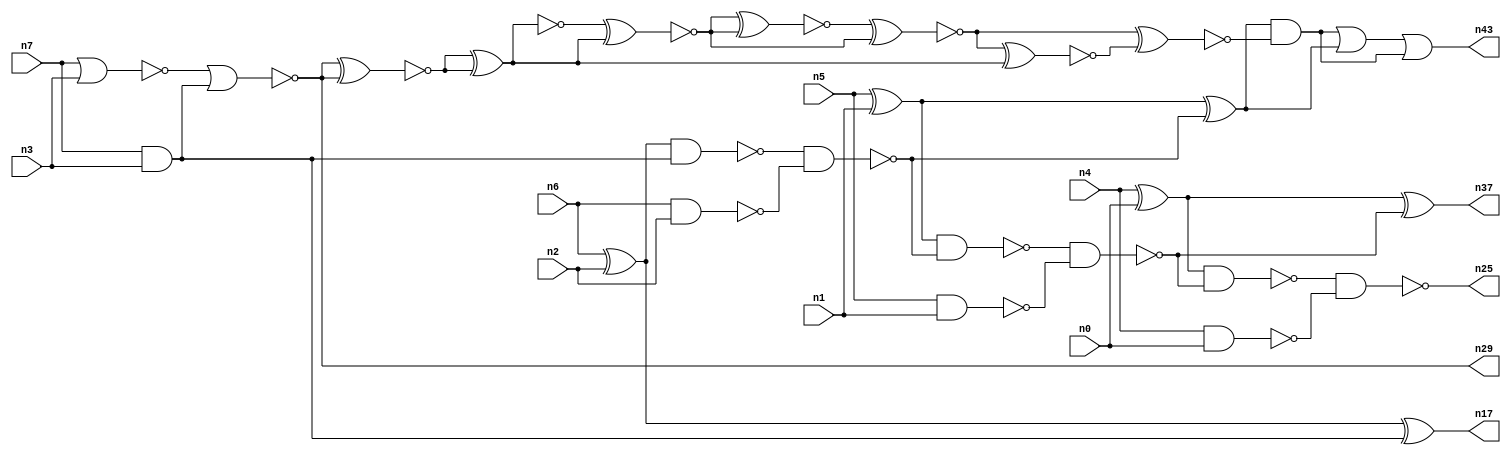
// This program was cloned from: https://github.com/umar-afzaal/ReCkt
// License: MIT License

// This file contains a pareto-optimal circuit with respect to power and the fault-resilince parameter p_fault which is defined as:
// "For all input vectors, the ratio of the no. of faults observable at the POs to the no. of total possible faults in the circuit".
// This code is part of the ReCkt library (https://github.com/umar-afzaal/ReCkt) distributed under The MIT License.
// When used, please cite the following article(s):
// U. Afzaal, A.S. Hassan, M. Usman and J.A. Lee, "On the Evolutionary Synthesis of Increased Fault-resilience Arithmetic Circuits".

// p_fault = 57.2 %    (Lower is better)
// gates = 35.0
// levels = 14
// area = 50.91    (For MCNC library relative to nand2)
// power = 187.0 uW    (Berkely-SIS for MCNC library @ Vdd=5V and 20 MHz clock)
// delay = 28.7 ns    (Berkely-ABC for MCNC library)
// PDP = 5.3669e-12 J

// Pin mapping:
// {n0, n1, n2, n3} = A[3:0]
// {n4, n5, n6, n7} = B[3:0]
// {n25, n37, n43, n17, n29} = O[4:0]

module addr4u_power_23 (
n0, n1, n2, n3, n4, n5, n6, n7, 
n25, n37, n43, n17, n29
);

input n0, n1, n2, n3, n4, n5, n6, n7;
output n25, n37, n43, n17, n29;
wire n38, n41, n20, n23, n14, n35, n22, n32, n31, n33, n40, n39, n11, n34, n42, n13, n18, n30, n24, n9, 
n16, n8, n15, n10, n26, n19, n21, n27, n28, n12;

nand (n8, n6, n2);
xor (n9, n5, n1);
and (n10, n7, n3);
nor (n11, n7, n3);
xor (n12, n6, n2);
nand (n13, n4, n0);
xor (n14, n4, n0);
nand (n15, n5, n1);
nand (n16, n12, n10);
xor (n17, n12, n10);
nor (n18, n11, n10);
nand (n19, n16, n8);
nand (n20, n9, n19);
xor (n21, n9, n19);
nand (n22, n20, n15);
xor (n23, n14, n22);
nand (n24, n14, n22);
nand (n25, n24, n13);
xnor (n26, n18, n18);
xor (n27, n26, n26);
xnor (n28, n26, n26);
or (n29, n18, n18);
and (n30, n28, n27);
xnor (n31, n28, n27);
xnor (n32, n30, n30);
xnor (n33, n32, n31);
xnor (n34, n33, n31);
xnor (n35, n32, n33);
or (n37, n23, n23);
xnor (n38, n34, n35);
xnor (n39, n38, n27);
xnor (n40, n38, n39);
and (n41, n21, n40);
or (n42, n41, n21);
or (n43, n42, n41);

endmodule